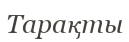
Тарақты